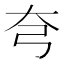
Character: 𡗝